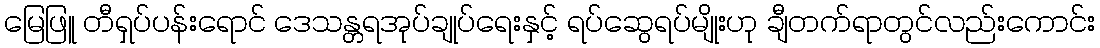
မြေဖြူ တီရှပ်ပန်းရောင် ဒေသန္တရအုပ်ချုပ်ရေးနှင့် ရပ်ဆွေရပ်မျိုးဟု ချီတက်ရာတွင်လည်းကောင်း